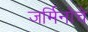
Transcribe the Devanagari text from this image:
जर्मिनोचे